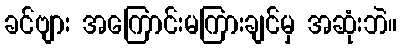
ခင်ဗျား အကြောင်းမကြားချင်မှ အဆုံးဘဲ။